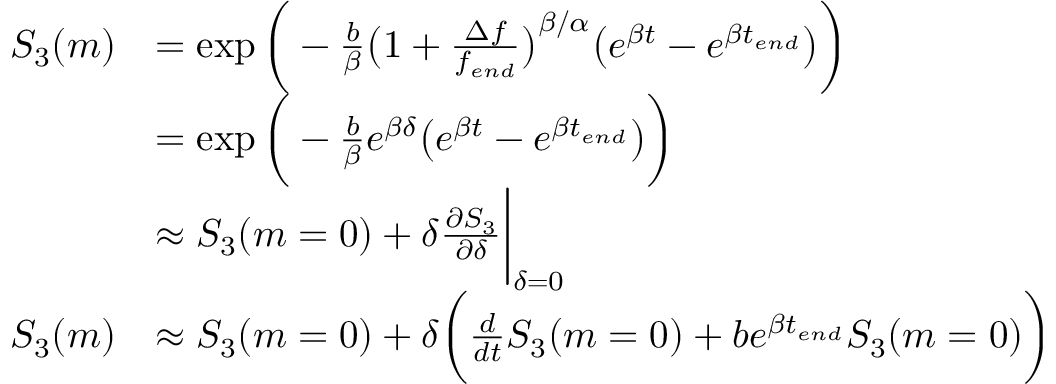
\begin{array} { r l } { S _ { 3 } ( m ) } & { = \exp { \bigg ( - \frac { b } { \beta } \big ( 1 + \frac { \Delta f } { { f _ { e n d } } } \big ) ^ { \beta / \alpha } \big ( e ^ { \beta t } - e ^ { \beta t _ { e n d } } \big ) \bigg ) } } \\ & { = \exp { \bigg ( - \frac { b } { \beta } e ^ { \beta \delta } \big ( e ^ { \beta t } - e ^ { \beta t _ { e n d } } \big ) \bigg ) } } \\ & { \approx S _ { 3 } ( m = 0 ) + \delta \frac { \partial S _ { 3 } } { \partial \delta } \bigg | _ { \delta = 0 } } \\ { S _ { 3 } ( m ) } & { \approx S _ { 3 } ( m = 0 ) + \delta \bigg ( \frac { d } { d t } S _ { 3 } ( m = 0 ) + b e ^ { \beta t _ { e n d } } S _ { 3 } ( m = 0 ) \bigg ) } \end{array}